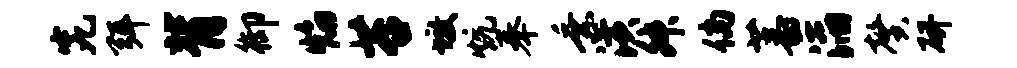
究弭背御焰苔墩炕奉乘潢舛倘蕃滔馨研